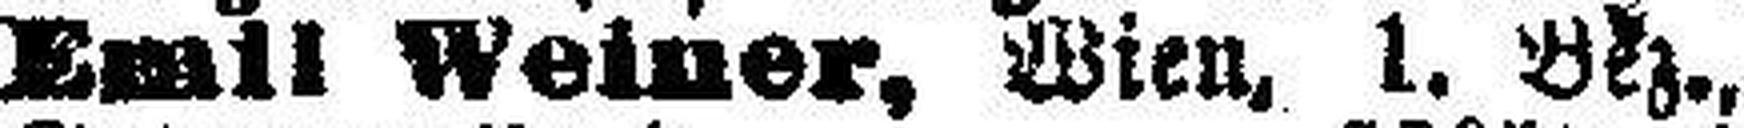
Emil Weiner, Wien. 1. Bez.,